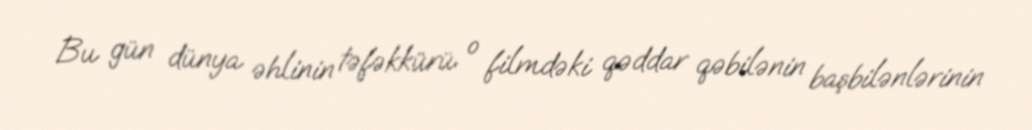
Bu gün dünya əhlinin təfəkkürü o filmdəki qəddar qəbilənin başbilənlərinin